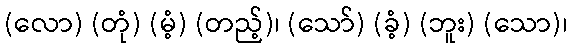
(လော) (တုံ) (မံ့) (တည့်)၊ (သော်) (ခံ့) (ဘူး) (သော)၊